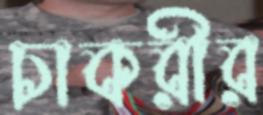
চাকরীর